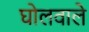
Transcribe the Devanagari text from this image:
घोलवाले